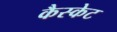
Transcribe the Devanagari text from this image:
कैस्केट